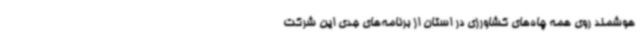
هوشمند روی همه چاه‌های کشاورزی در استان از برنامه‌های جدی این شرکت